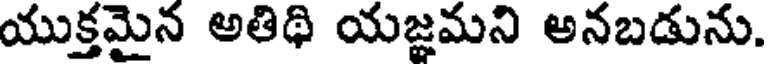
యుక్తమైన అతిథి యజ్ఞమని అనబడును.